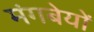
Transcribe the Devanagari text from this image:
मंगबेयों